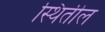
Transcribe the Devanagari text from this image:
स्थितील